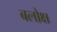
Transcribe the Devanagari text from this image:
बलोक्ष